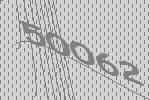
50062